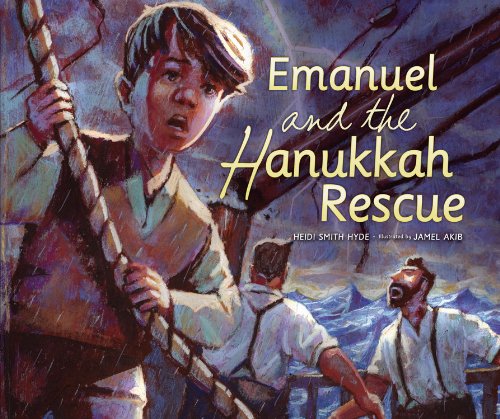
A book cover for Emanuel and the Hanukkah Rescue; Heidi Smith Hyde; Children's Books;